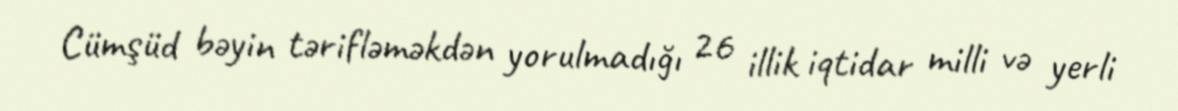
Cümşüd bəyin tərifləməkdən yorulmadığı 26 illik iqtidar milli və yerli